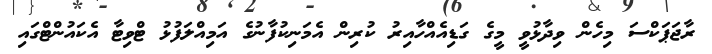
ރާޖަޕަކްސަ މިހެން ވިދާޅުވީ މީގެ ގަޑިއެއްހާއިރު ކުރިން އެމަނިކުފާނުގެ އަމިއްލަފުޅު ޓްވިޓާ އެކައުންޓްގައި